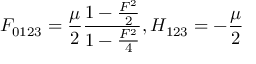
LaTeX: F _ { 0 1 2 3 } = { \frac { \mu } { 2 } } { \frac { 1 - { \frac { F ^ { 2 } } { 2 } } } { 1 - { \frac { F ^ { 2 } } { 4 } } } } , H _ { 1 2 3 } = - { \frac { \mu } { 2 } }